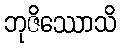
ဘုဇိဿောသိ